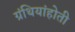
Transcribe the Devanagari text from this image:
ग्रंथियांहोती